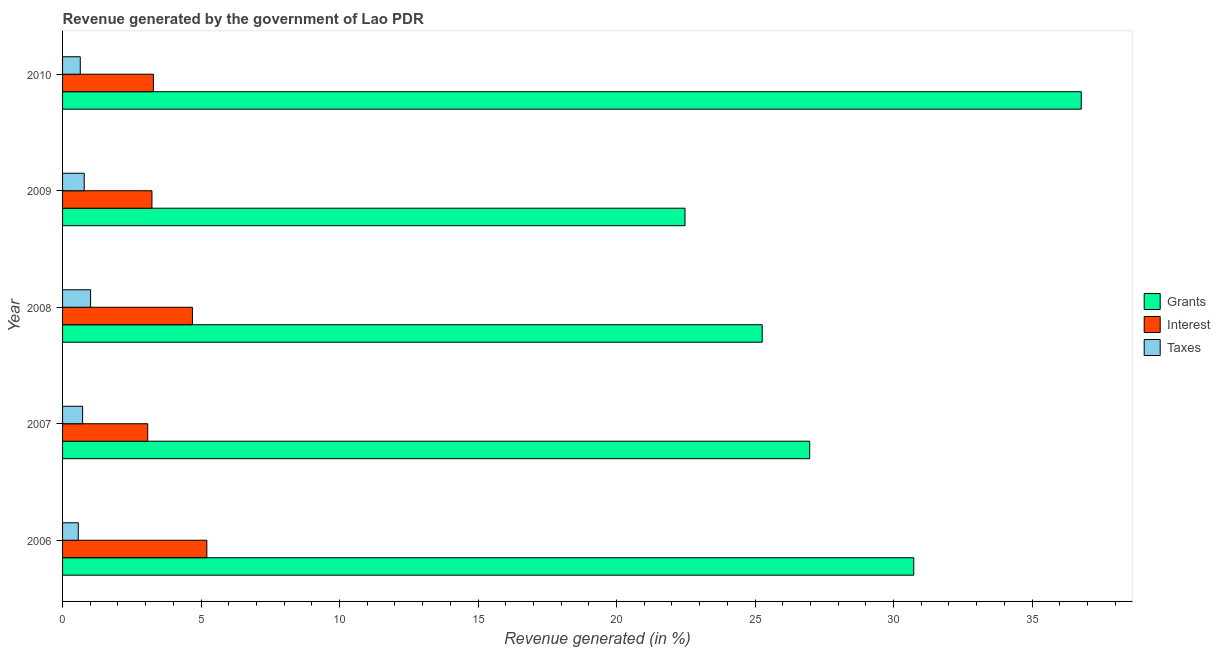
| Year | Grants | Interest | Taxes |
 | --- | --- | --- | --- |
 | 2006 | 30.7 | 5.21 | 0.567 |
 | 2007 | 27 | 3.07 | 0.724 |
 | 2008 | 25.3 | 4.69 | 1.01 |
 | 2009 | 22.5 | 3.23 | 0.782 |
 | 2010 | 36.8 | 3.28 | 0.64 |